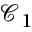
\mathcal { C } _ { 1 }